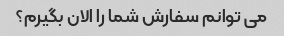
می توانم سفارش شما را الان بگیرم؟